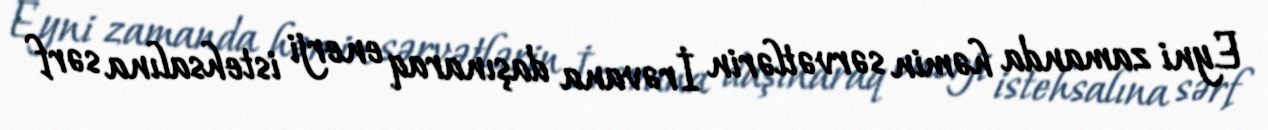
Eyni zamanda həmin sərvətlərin İrəvana daşınaraq enerji istehsalına sərf